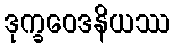
ဒုက္ခဝေဒနိယဿ